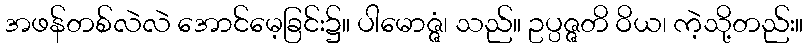
အဖန်တစ်လဲလဲ အောင်မေ့ခြင်း၌။ ပါမောဇ္ဇံ၊ သည်။ ဥပ္ပဇ္ဇတိ ဝိယ၊ ကဲ့သို့တည်း။